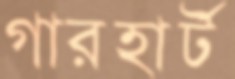
গারহার্ট